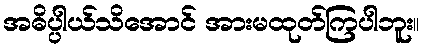
အဓိပ္ပါယ်သိအောင် အားမထုတ်ကြပါဘူး။